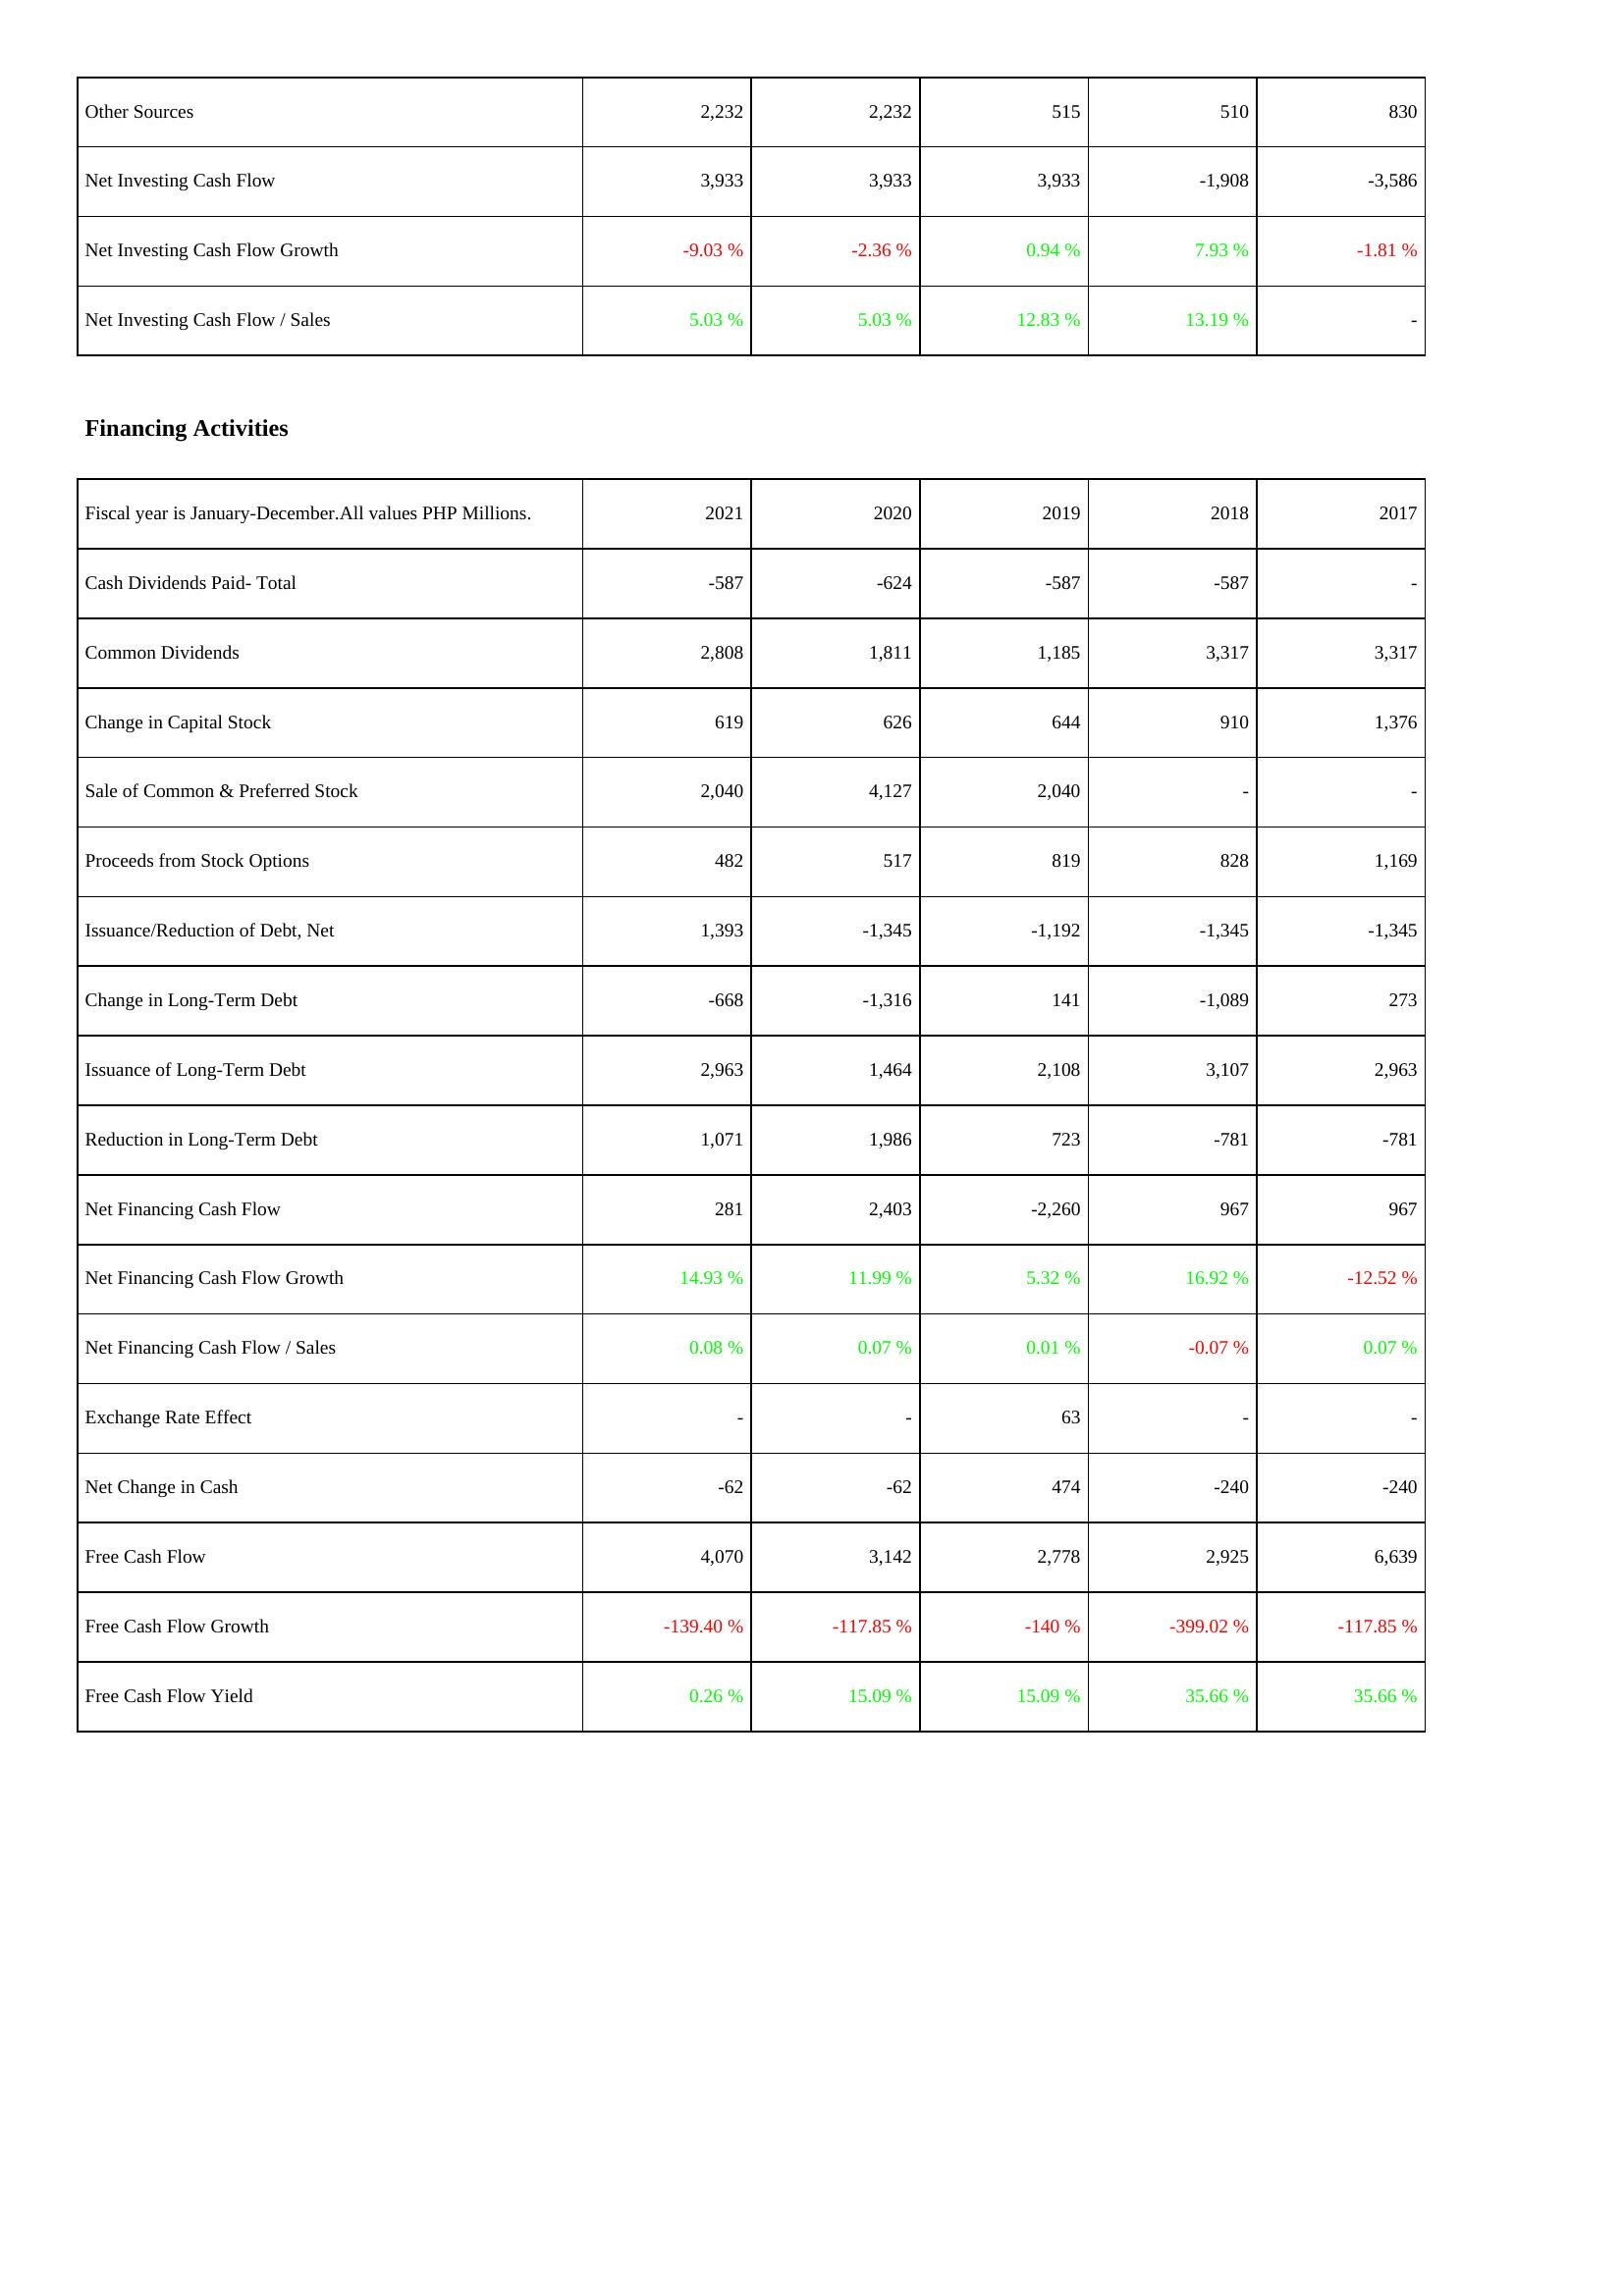
2021: Investing Activities: Other Sources: 2,232
Net Investing Cash Flow: 3,933
Net Investing Cash Flow Growth: -9.03 %
Net Investing Cash Flow / Sales: 5.03 %
Financing Activities: Cash Dividends Paid- Total: -587
Common Dividends: 2,808
Change in Capital Stock: 619
Sale of Common & Preferred Stock: 2,040
Proceeds from Stock Options: 482
Issuance/Reduction of Debt, Net: 1,393
Change in Long-Term Debt: -668
Issuance of Long-Term Debt: 2,963
Reduction in Long-Term Debt: 1,071
Net Financing Cash Flow: 281
Net Financing Cash Flow Growth: 14.93 %
Net Financing Cash Flow / Sales: 0.08 %
Exchange Rate Effect: -
Net Change in Cash: -62
Free Cash Flow: 4,070
Free Cash Flow Growth: -139.40 %
Free Cash Flow Yield: 0.26 %
2020: Investing Activities: Other Sources: 2,232
Net Investing Cash Flow: 3,933
Net Investing Cash Flow Growth: -2.36 %
Net Investing Cash Flow / Sales: 5.03 %
Financing Activities: Cash Dividends Paid- Total: -624
Common Dividends: 1,811
Change in Capital Stock: 626
Sale of Common & Preferred Stock: 4,127
Proceeds from Stock Options: 517
Issuance/Reduction of Debt, Net: -1,345
Change in Long-Term Debt: -1,316
Issuance of Long-Term Debt: 1,464
Reduction in Long-Term Debt: 1,986
Net Financing Cash Flow: 2,403
Net Financing Cash Flow Growth: 11.99 %
Net Financing Cash Flow / Sales: 0.07 %
Exchange Rate Effect: -
Net Change in Cash: -62
Free Cash Flow: 3,142
Free Cash Flow Growth: -117.85 %
Free Cash Flow Yield: 15.09 %
2019: Investing Activities: Other Sources: 515
Net Investing Cash Flow: 3,933
Net Investing Cash Flow Growth: 0.94 %
Net Investing Cash Flow / Sales: 12.83 %
Financing Activities: Cash Dividends Paid- Total: -587
Common Dividends: 1,185
Change in Capital Stock: 644
Sale of Common & Preferred Stock: 2,040
Proceeds from Stock Options: 819
Issuance/Reduction of Debt, Net: -1,192
Change in Long-Term Debt: 141
Issuance of Long-Term Debt: 2,108
Reduction in Long-Term Debt: 723
Net Financing Cash Flow: -2,260
Net Financing Cash Flow Growth: 5.32 %
Net Financing Cash Flow / Sales: 0.01 %
Exchange Rate Effect: 63
Net Change in Cash: 474
Free Cash Flow: 2,778
Free Cash Flow Growth: -140 %
Free Cash Flow Yield: 15.09 %
2018: Investing Activities: Other Sources: 510
Net Investing Cash Flow: -1,908
Net Investing Cash Flow Growth: 7.93 %
Net Investing Cash Flow / Sales: 13.19 %
Financing Activities: Cash Dividends Paid- Total: -587
Common Dividends: 3,317
Change in Capital Stock: 910
Sale of Common & Preferred Stock: -
Proceeds from Stock Options: 828
Issuance/Reduction of Debt, Net: -1,345
Change in Long-Term Debt: -1,089
Issuance of Long-Term Debt: 3,107
Reduction in Long-Term Debt: -781
Net Financing Cash Flow: 967
Net Financing Cash Flow Growth: 16.92 %
Net Financing Cash Flow / Sales: -0.07 %
Exchange Rate Effect: -
Net Change in Cash: -240
Free Cash Flow: 2,925
Free Cash Flow Growth: -399.02 %
Free Cash Flow Yield: 35.66 %
2017: Investing Activities: Other Sources: 830
Net Investing Cash Flow: -3,586
Net Investing Cash Flow Growth: -1.81 %
Net Investing Cash Flow / Sales: -
Financing Activities: Cash Dividends Paid- Total: -
Common Dividends: 3,317
Change in Capital Stock: 1,376
Sale of Common & Preferred Stock: -
Proceeds from Stock Options: 1,169
Issuance/Reduction of Debt, Net: -1,345
Change in Long-Term Debt: 273
Issuance of Long-Term Debt: 2,963
Reduction in Long-Term Debt: -781
Net Financing Cash Flow: 967
Net Financing Cash Flow Growth: -12.52 %
Net Financing Cash Flow / Sales: 0.07 %
Exchange Rate Effect: -
Net Change in Cash: -240
Free Cash Flow: 6,639
Free Cash Flow Growth: -117.85 %
Free Cash Flow Yield: 35.66 %